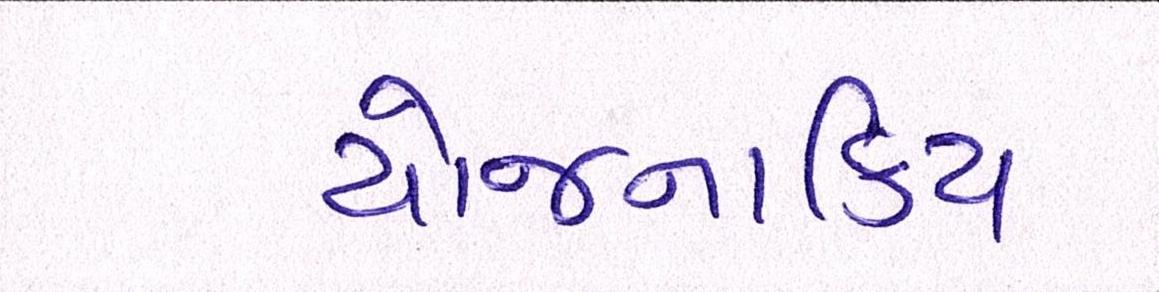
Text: યોજનાકિય